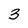
Character: 3